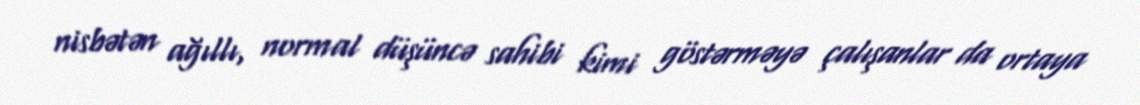
nisbətən ağıllı, normal düşüncə sahibi kimi göstərməyə çalışanlar da ortaya